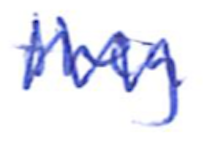
Text: they
Cross-out: zig-zag
Writing tool: ballpoint